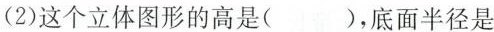
(2)这个立体图形的高是()，底面半径是